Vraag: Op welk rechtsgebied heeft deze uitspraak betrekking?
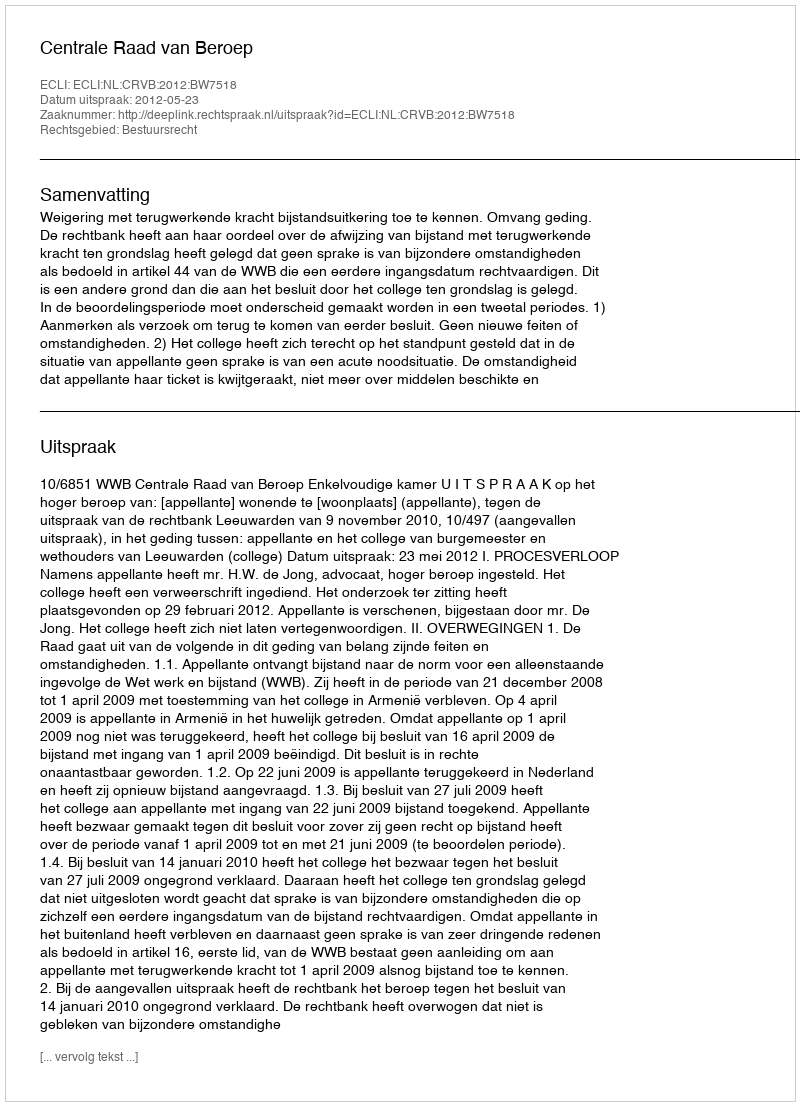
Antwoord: Bestuursrecht